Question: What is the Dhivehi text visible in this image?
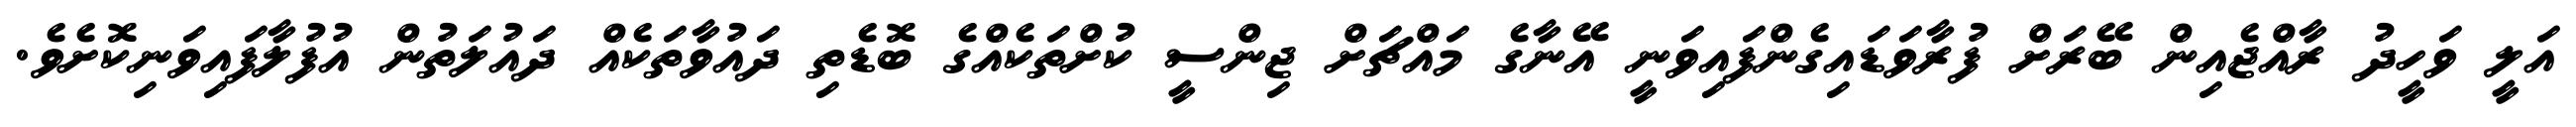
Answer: އަލީ ވަހީދު ރާއްޖެއިން ބޭރަށް ފުރާވަޑައިގެންފައިވަނީ އޭނާގެ މައްޗަށް ޖިންސީ ކުށްތަކެއްގެ ބޮޑެތި ދައުވާތަކެއް ދައުލަތުން އުފުލާފައިވަނިކޮށެވެ.